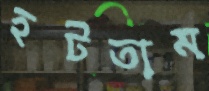
হটতাম